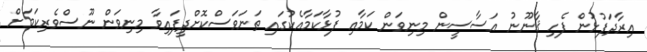
އިރާދަފުޅުން ފެހި ޤާނޫނު އަސާސީން މިނިވަން ކަމާއި ފުޅާކަމާއެކުގައި ތަނަވަސްކޮށްދީފައިވާ މިނިވަން ނޫސްވެރިކަމަށް